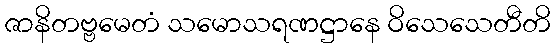
ဇာနိတဗ္ဗမေတံ သမောသရဏဋ္ဌာနေ ဝိသေသေတီတိ